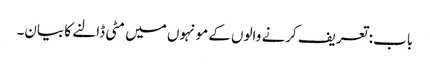
باب : تعریف کرنے والوں کے مونہوں میں مٹی ڈالنے کا بیان۔